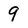
Character: 9